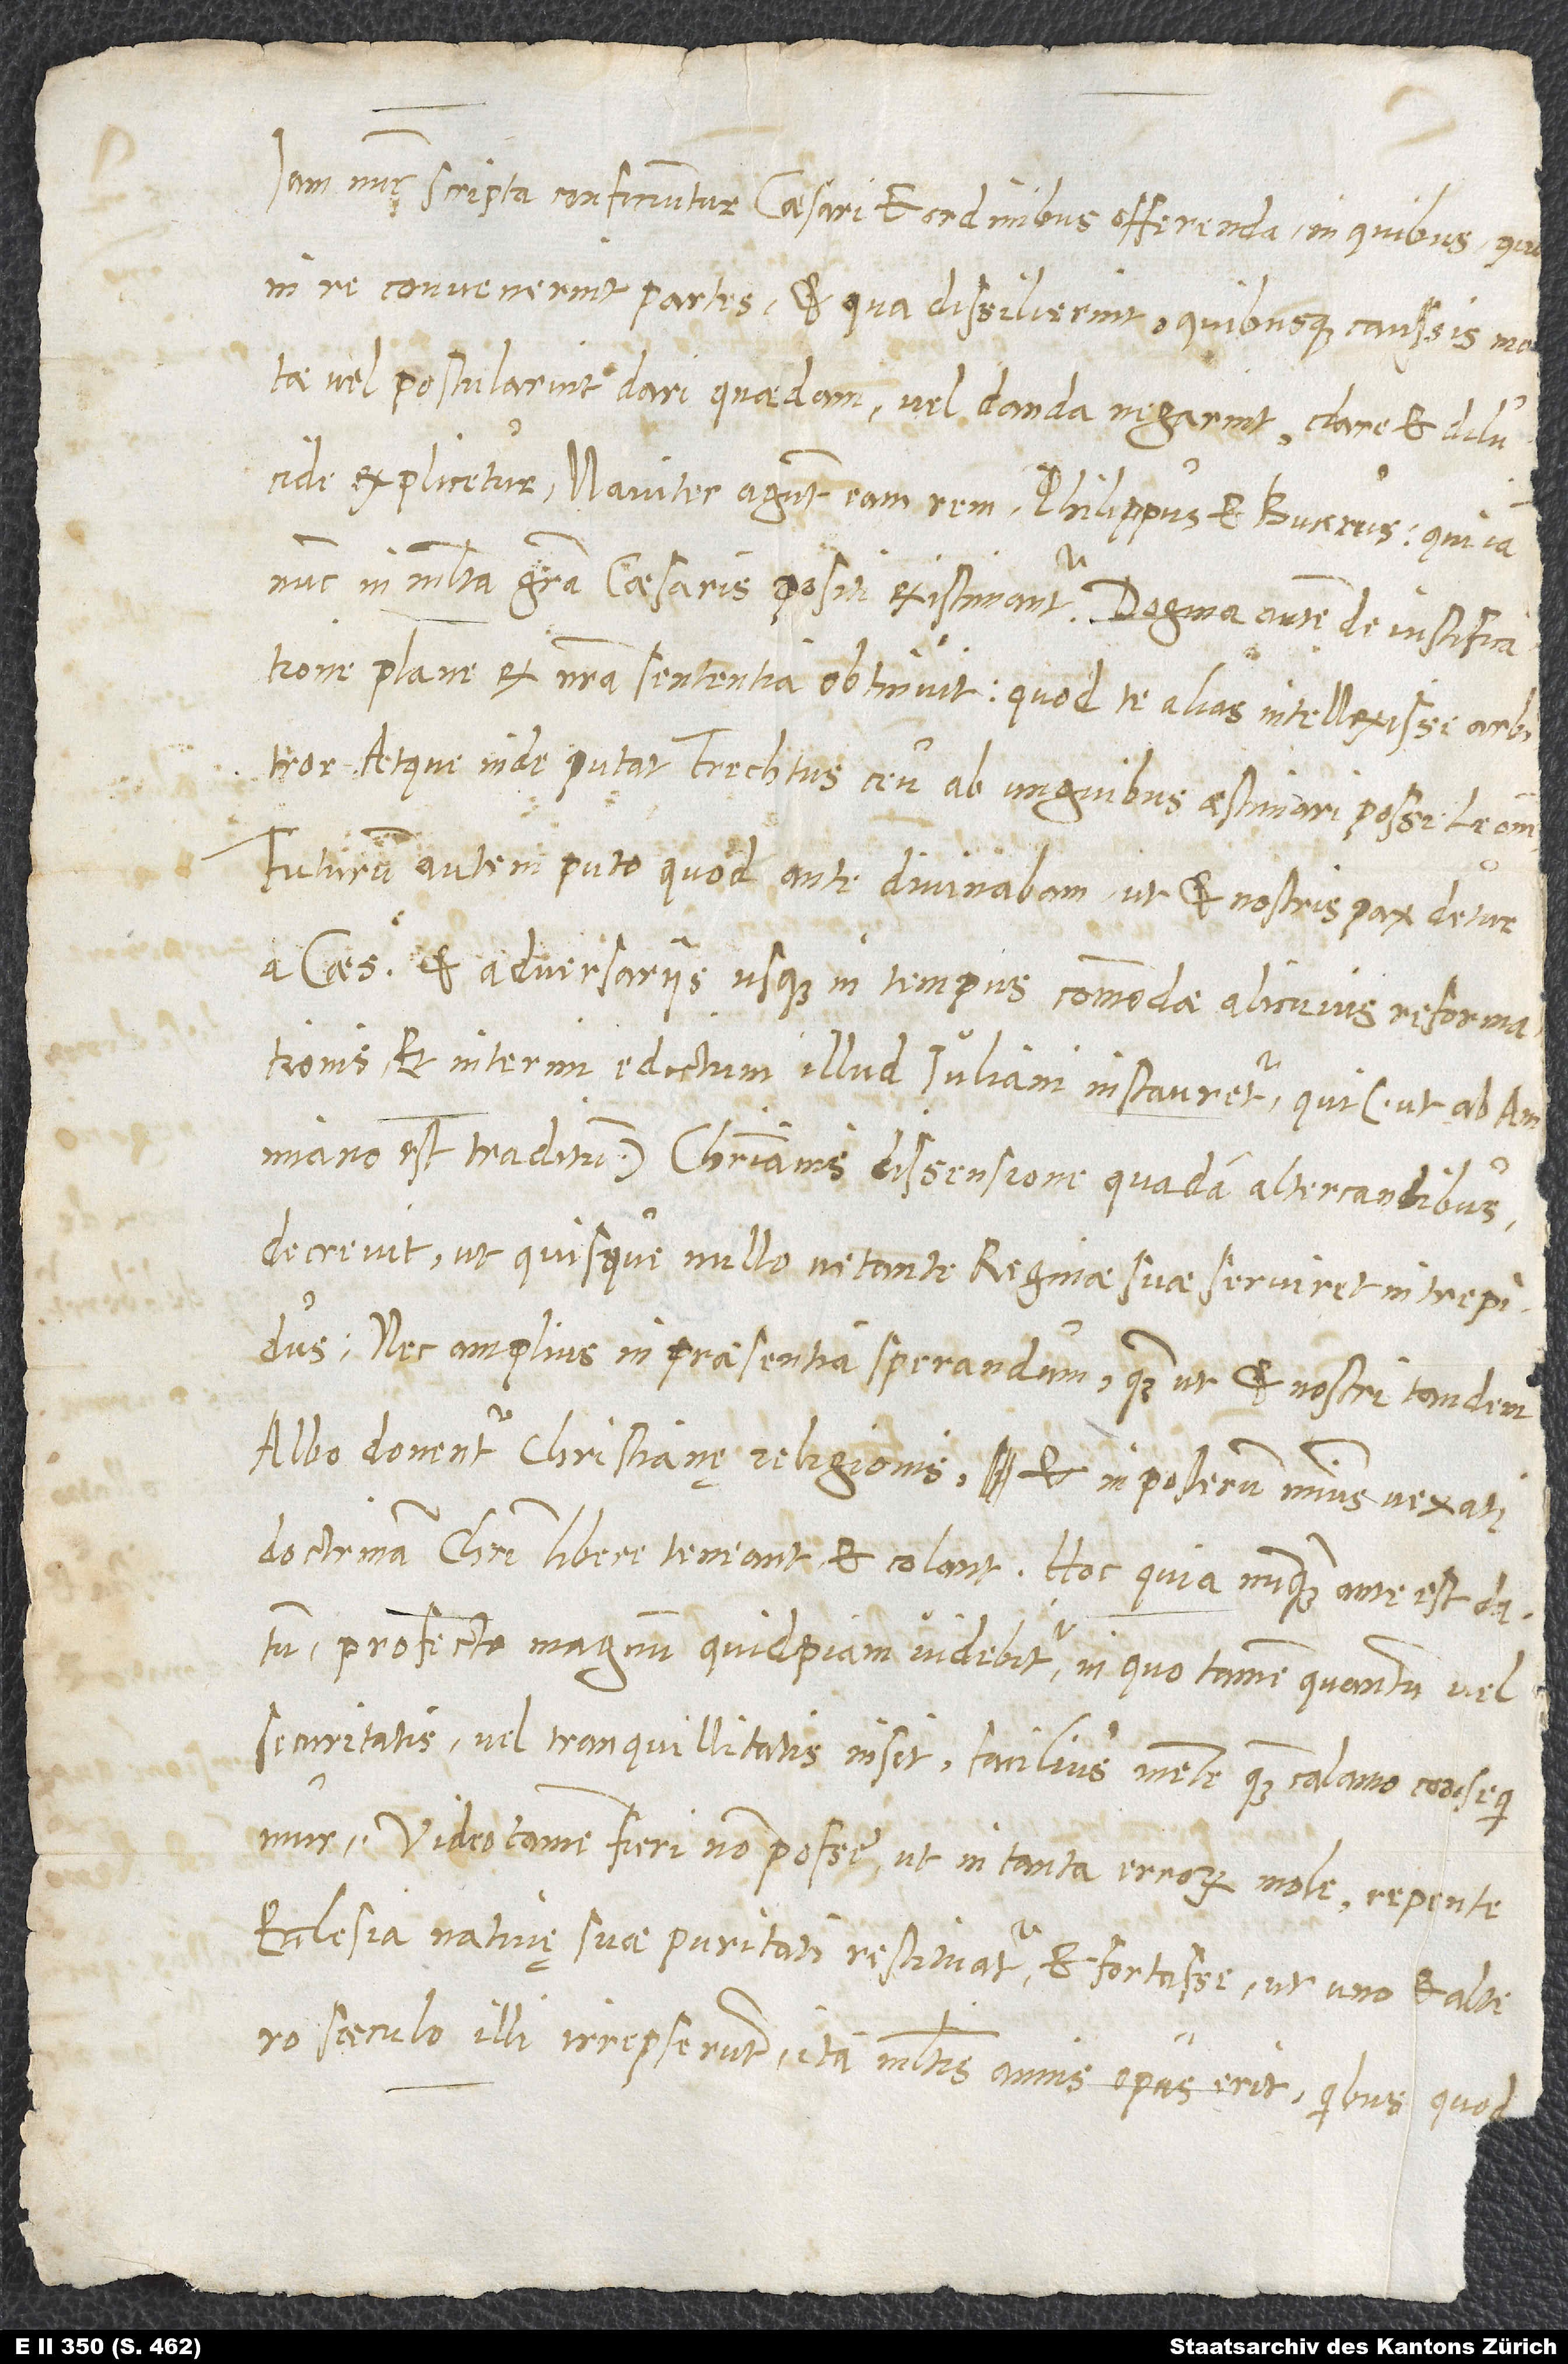
Iam nunc scripta conficiuntur Caesari et ordinibus offerenda, in quibus, qua
in re convenerint partes et qua dissilierint quibusque caussis motae
vel postularint dari quaedam vel danda negarint, clare et dilucide
explicetur. Naviter agunt eam rem Philippus et Bucerus, qui iam
nunc in multa gratia Caesaris positi existimantur. Dogma autem de iustificatione
plane ex nostra sententia obtinuit, quod te alias intellexisse arbitror,
atque inde putat Frechtus ceu ab unguibus aestimari posse leonem.
Futurum autem puto, quod ante divinabam: ut et nostris pax detur
a Caesare et adversariis usque in tempus commodae alicuius reformationis,
et interim edictum illud Iuliani instauretur, qui (ut ab Ammiano
est traditum), Christianis dissensione quadam altercantibus,
decrevit, ut quisque nullo vetante reginae suae serviret intrepidus;
nec amplius in praesentia sperandum, quam ut et nostri tandem
albo donentur Christianę religionis et in posterum minus vexati
doctrinam Christi libere teneant et colant. Hoc quia nunquam ante est datum,
profecto magnum quidpiam videbitur, in quo tamen quantum vel
securitatis vel tranquillitatis insit, facilius mente quam calamo consequimur.
Video tamen fieri non posse, ut in tanta errorum mole repente
ecclesia nativę suae puritati restituatur, et fortasse, ut uno et altero
saeculo illi irrepserunt, ita multis annis opus erit, quibus, quod